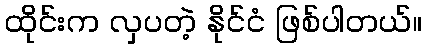
ထိုင်းက လှပတဲ့ နိုင်ငံ ဖြစ်ပါတယ်။